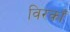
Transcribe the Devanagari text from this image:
विरकाँ